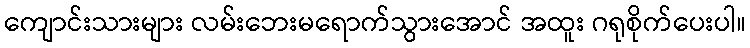
ကျောင်းသားများ လမ်းဘေးမရောက်သွားအောင် အထူး ဂရုစိုက်ပေးပါ။